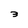
Character: 3